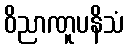
ဝိညာဏူပနိသံ